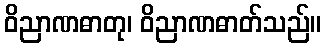
ဝိညာဏဓာတု၊ ဝိညာဏဓာတ်သည်။